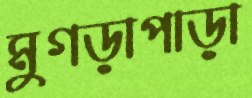
মুগড়াপাড়া